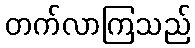
တက်လာကြသည်